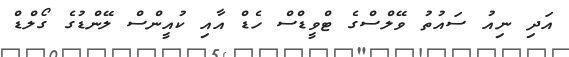
އަދި ނިއު ސައުތު ވޭލްސްގެ ޓްވީޑްސް ހެޑް އާއި ކުއީންސް ލޭންޑުގެ ގޯލްޑް